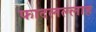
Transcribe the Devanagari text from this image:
फादलल्लाह